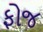
ફોજ